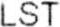
LST